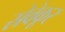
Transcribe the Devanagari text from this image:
स्रेवेकूर